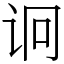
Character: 诇